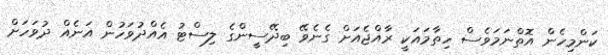
ކަންމިހެން އޮތްނަމަވެސް ހިތާމައަކީ ރާއްޖެއަށް ގެނެވޭ ބިދޭސީންގެ ލިސްޓު އެއްދުވަހުން އަނެއް ދުވަހަށް